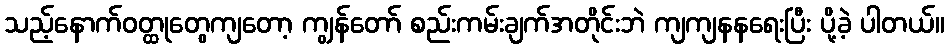
သည့်နောက်ဝတ္ထုတွေကျတော့ ကျွန်တော် စည်းကမ်းချက်အတိုင်းဘဲ ကျကျနနရေးပြီး ပို့ခဲ့ ပါတယ်။